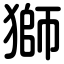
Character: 獅